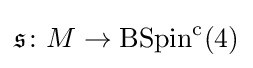
{\mathfrak {s}}\colon M\rightarrow \operatorname {BSpin} ^{\mathrm {c} }(4)